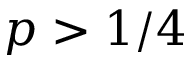
p > 1 / 4